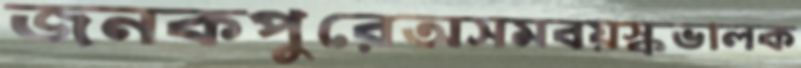
জনকপুরেঅসমবয়স্কভালক